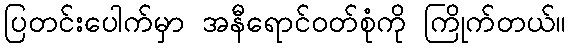
ပြတင်းပေါက်မှာ အနီရောင်ဝတ်စုံကို ကြိုက်တယ်။